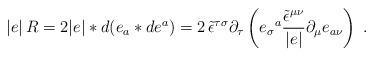
LaTeX: \begin{align*}|e|\, R=2|e|\ast d(e_{a}\ast de^{a})=2\, \tilde{\epsilon }^{\tau \sigma }\partial _{\tau }\left( e_{\sigma }{}^{a}\frac{\tilde{\epsilon }^{\mu \nu }}{|e|}\partial _{\mu }e_{a\nu }\right) \; .\end{align*}